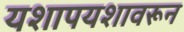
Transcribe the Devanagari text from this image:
यशापयशावरून